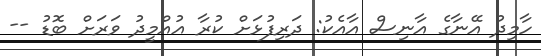
ހާމިދު އޭނާގެ އާނިސް އާއެކު: ދަރިފުޅަށް ކުރާ އުއްމީދު ވަރަށް ބޮޑު --